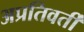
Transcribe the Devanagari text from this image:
अप्रतिवर्ती